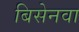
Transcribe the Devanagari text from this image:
बिसेनवा